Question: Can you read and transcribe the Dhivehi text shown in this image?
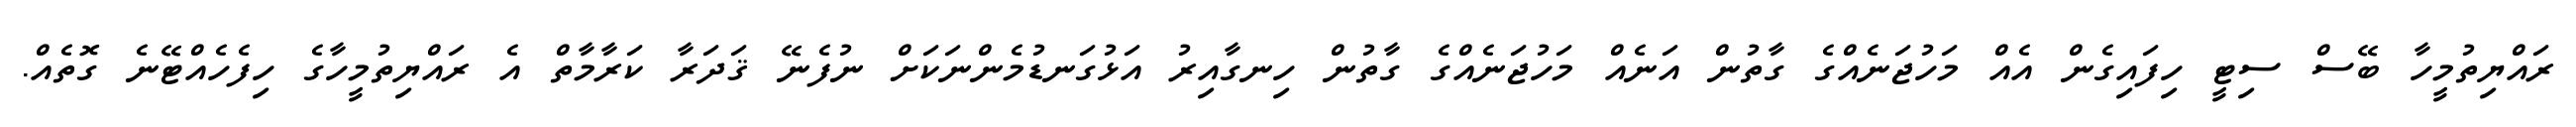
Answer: ރައްޔިތުމީހާ ބޭސް ސިޓީ ހިފައިގެން އެއް މަހުޖަނެއްގެ ގާތުން އަނެއް މަހުޖަނެއްގެ ގާތުން ހިނގާއިރު އަޅުގަނޑުމެންނަކަށް ނުފެނޭ ޤަދަރާ ކަރާމާތް އެ ރައްޔިތުމީހާގެ ހިފެހެއްޓޭނެ ގޮތެއް.